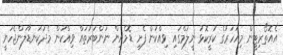
އެއޮތޯރިޓީން މިއަހަރުގެ ކުރީކޮޅު ނީލަމްގައި ވިއްކަން ފެށި ޑޮމެއިން ނަންބަރުތައް ވިއްކުން މެދުކަނޑާލަންޖެހުނީ